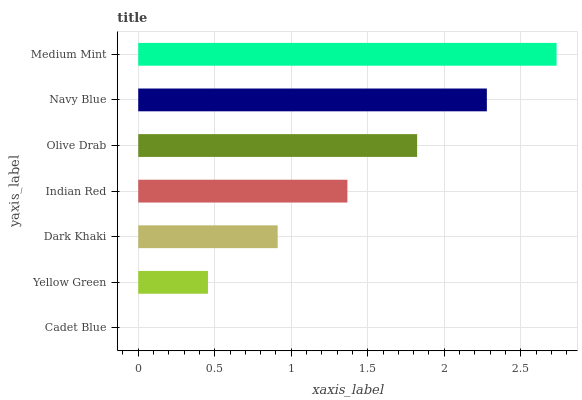
| yaxis_label | bars |
 | --- | --- |
 | Cadet Blue | 0 |
 | Yellow Green | 0.456 |
 | Dark Khaki | 0.911 |
 | Indian Red | 1.37 |
 | Olive Drab | 1.82 |
 | Navy Blue | 2.28 |
 | Medium Mint | 2.73 |